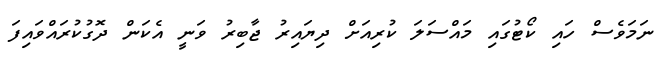
ނަމަވެސް ހައި ކޯޓުގައި މައްސަލަ ކުރިއަށް ދިޔައިރު ޖާބިރު ވަނީ އެކަން ދޮގުކުރައްވައިފަ